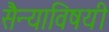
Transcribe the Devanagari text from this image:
सैन्याविषयी